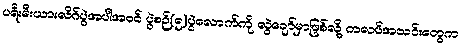
ပရီးမီးယားလိဂ်ပွဲအပါအဝင် ပွဲစဉ်(၅)ပွဲလောက်ကို လွဲချော်မှာဖြစ်လို့ ကလပ်အသင်းတွေက